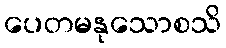
ပေတမနုသောစသိ